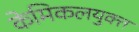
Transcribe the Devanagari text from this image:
केमिकलयुक्त